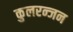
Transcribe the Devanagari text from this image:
कुलरन्जन